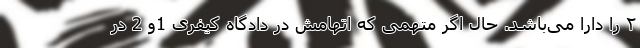
۲ را دارا می‌باشد. حال اگر متهمی که اتهامش در دادگاه کیفری 1و 2 در